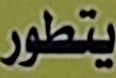
يتطور